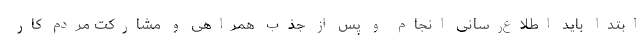
ابتدا باید اطلاع‌رسانی انجام و پس از جذب همراهی و مشارکت مردم کار